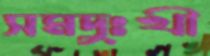
সমদুঃখী